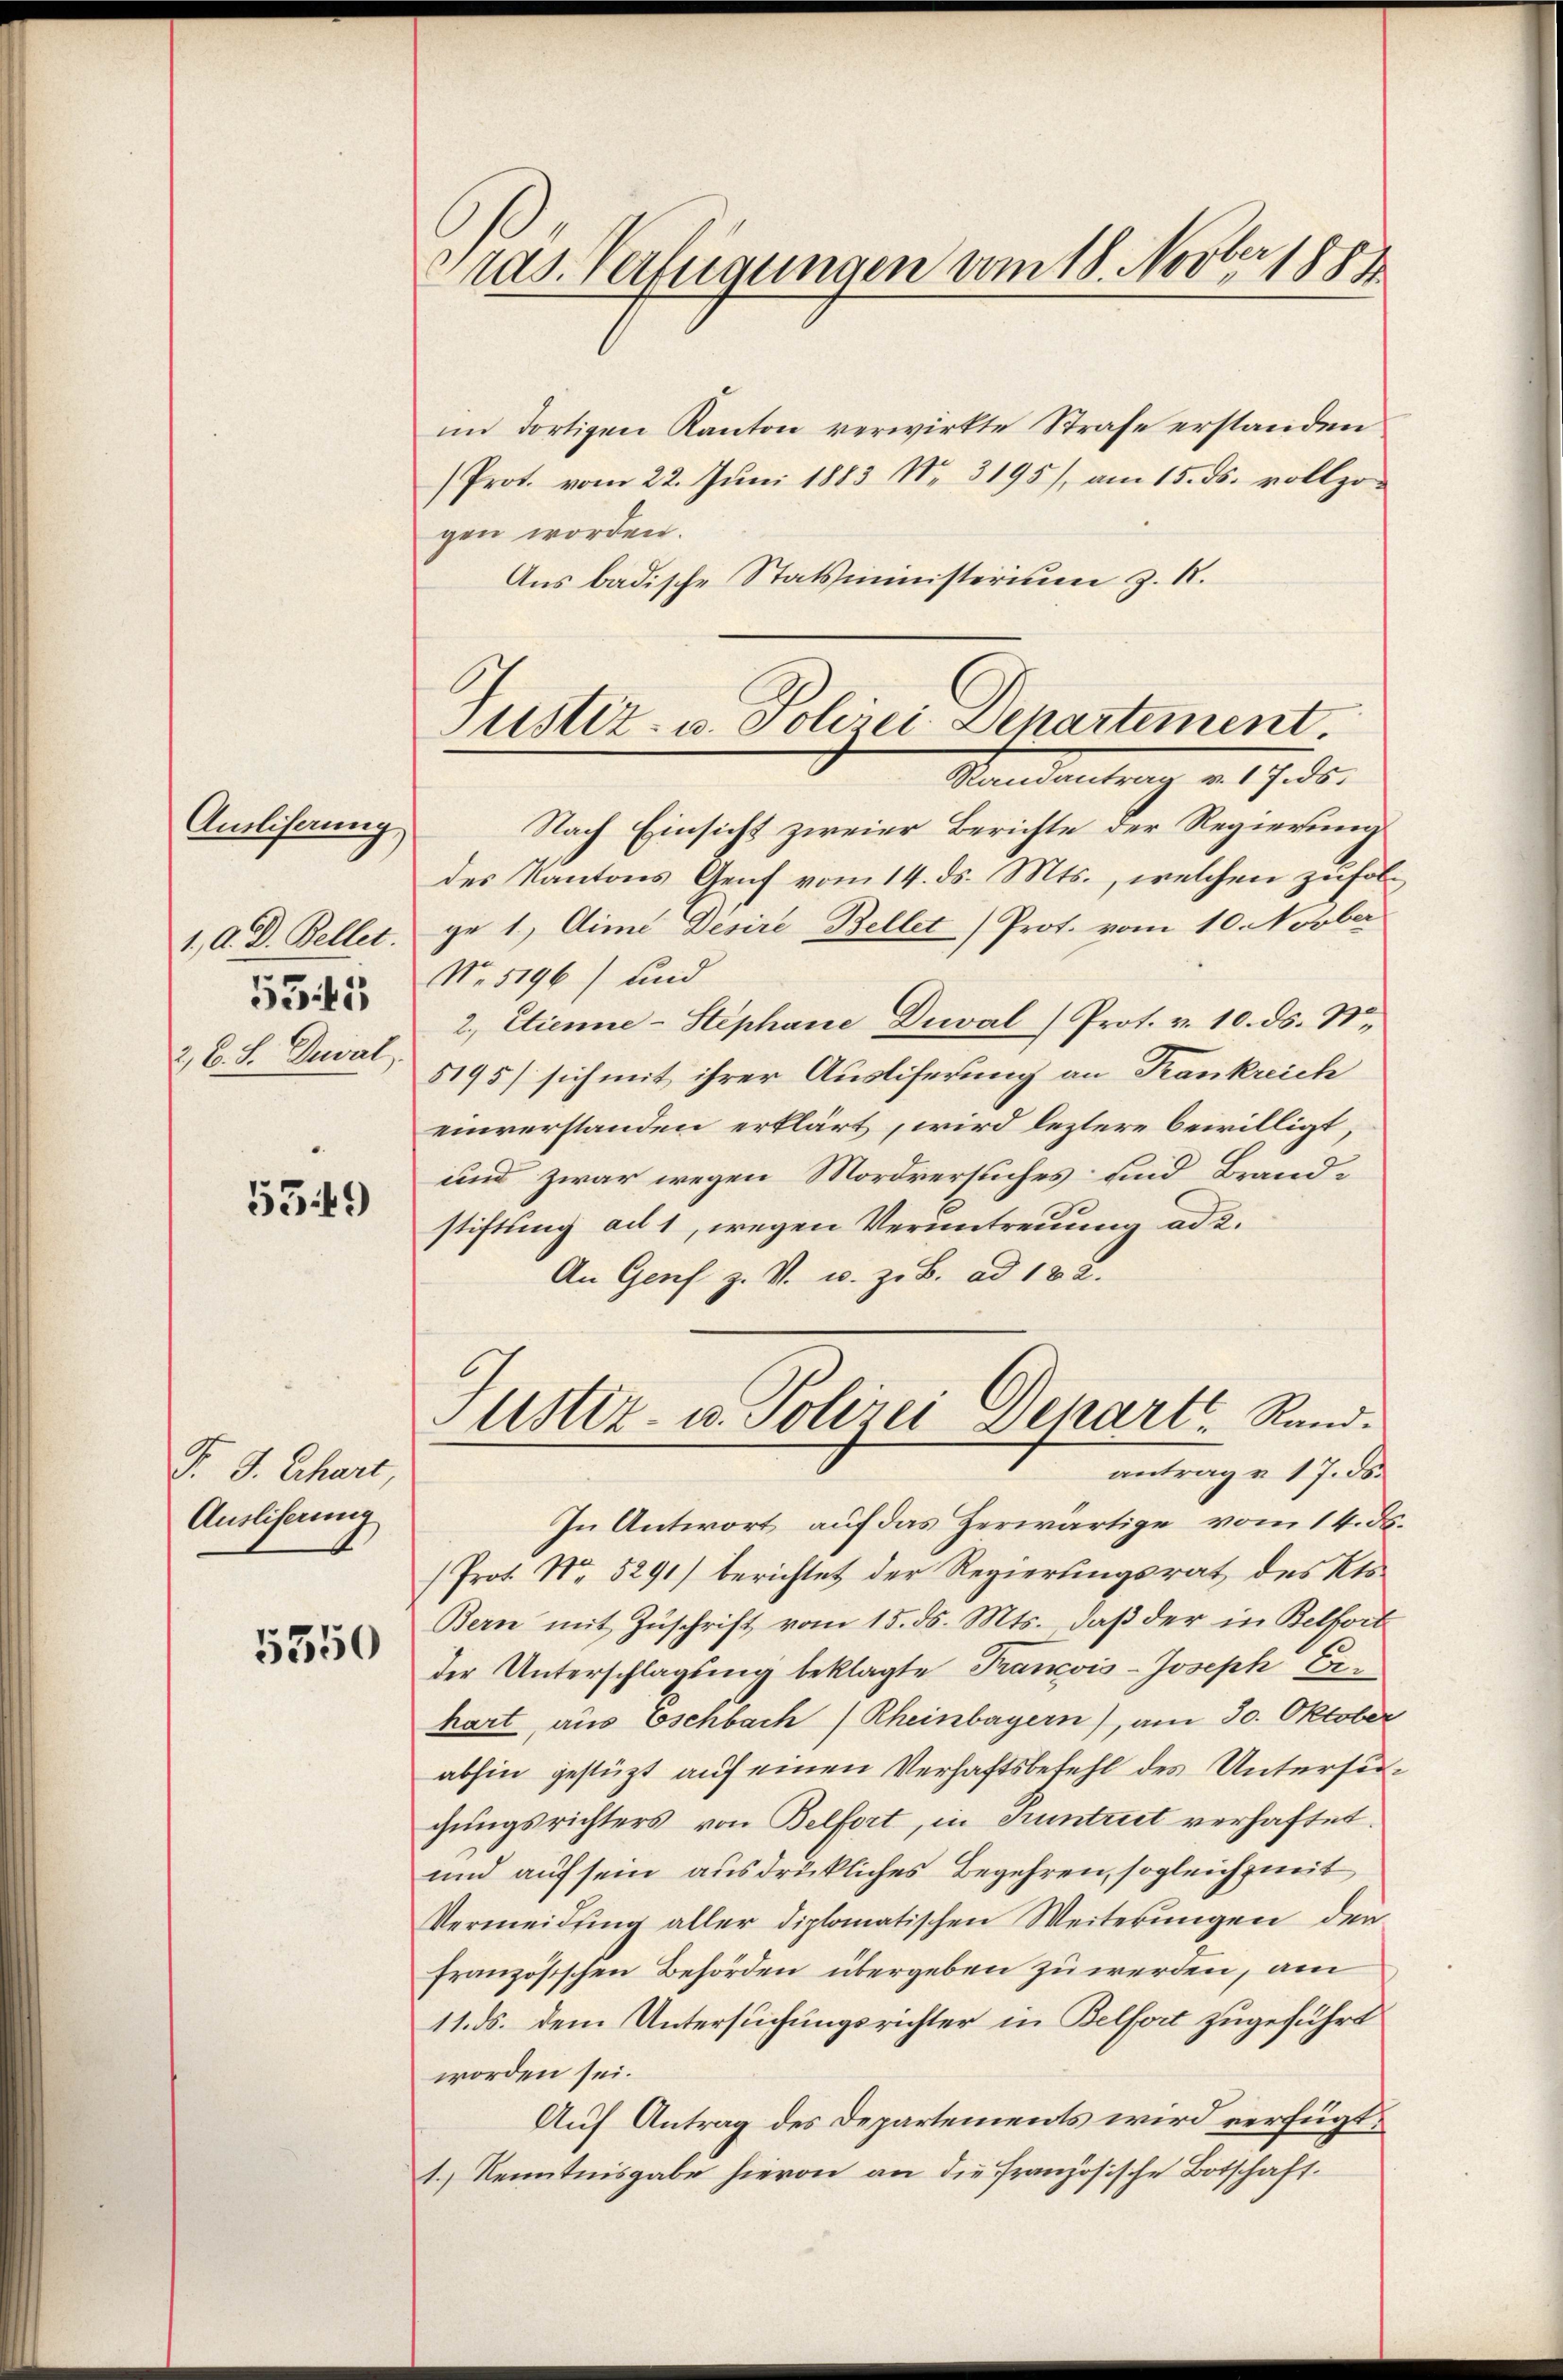
Ausliserung
1., a. D. Bellet.
5345
2, C. S. Duval.

5349)

5350

F. J. Chart
Ausliserung

1
ras. Verfügungen vom 18. Nov. 1884

im dortigen Kanton verwirkte Strafe erstanden
(Prot. vom 22. Jŭni 1883 Nr. 3195), am 15. ds. vollzo
gen worden.
Aus badische Statsministerium z. R.
Nach Einsicht zweier Berichte der Regierung
des Kantons Genf vom 14. ds. Mts., welchen zufolge 1, Dimi Desire Bellet Prot. vom 10. Novber
No. 1196) und
2. Etienne-Stephane Duval (Prot. v. 10. ds. N
5195/ sich mit ihrer Ausliferung an Frankreich
einverstanden erklärt, wird leztere bewilligt,
und zwar wegen Mordversuches und Brandstiftung ad 1, wegen Veruntreuung ad 2.
An Genf z. V. u. z. B. ad 182.

Justiz- u. Polizei Departement.
Randantrag v. 17.ds.

Justiz- u. Polizei Depart, Rand.
antrag u. 17. ds.

In Antwort auf das Zerwärtige vom 14. ds.
 Prot. No. 5291) berichtet der Regierungsrat des Kts.
Bern mit Zuschrift vom 15. ds. Mts., daß der in Belfort
der Unterschlagung beklagte Francois-Joseph Erhart, aus Eschbach Rheinbayern), am 30. Oktober
abhin gestützt auf einen Verhaftsbefehl des Untersugungsrichters von Belfort, in Truntrut verhaftet.
und auf sein ausdrückliches Begehren, sogleichzeit
Vermeidung aller diplomatischen Weiterungen der
französischen Behörden übergeben zu werden, am
11. ds. dem Untersuchungsrichter in Belfort zugeführt
worden sei.
Auf Antrag des Departements wird verfügt:
1.) Kenntnisgabe hievon an die französische Botschaft.